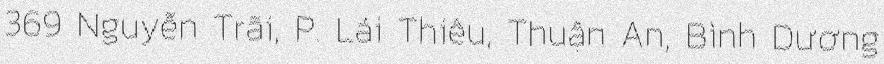
369 Nguyễn Trãi, P. Lái Thiêu, Thuận An, Bình Dương